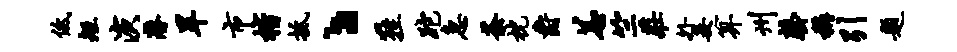
低矩演潜旱市楷抵丶鞋跎急荼枕爵恙竺庄外妾算州罄称引题